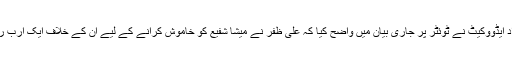
قانونی ٹیم میں شامل نگہت داد ایڈووکیٹ نے ٹوئٹر پر جاری بیان میں واضح کیا کہ علی ظفر نے میشا شفیع کو خاموش کرانے کے لیے ان کے خلاف ایک ارب روپے ہتک عزت کا کیس کیا۔